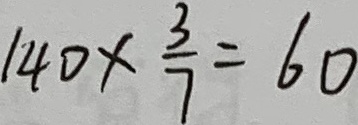
1 4 0 \times \frac { 3 } { 7 } = 6 0